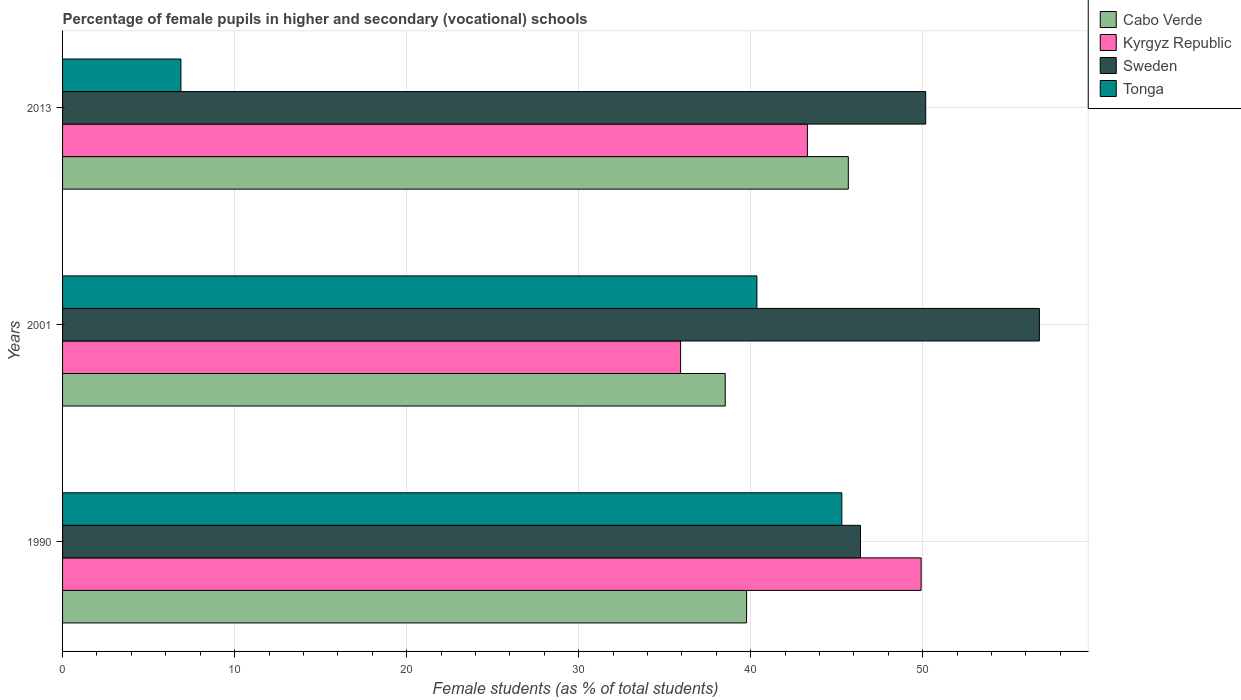
| Years | Cabo Verde | Kyrgyz Republic | Sweden | Tonga |
 | --- | --- | --- | --- | --- |
 | 1990 | 39.8 | 49.9 | 46.4 | 45.3 |
 | 2001 | 38.5 | 35.9 | 56.8 | 40.4 |
 | 2013 | 45.7 | 43.3 | 50.2 | 6.88 |